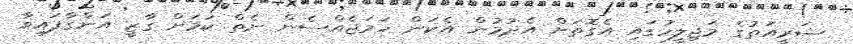
ޝަރީއަތުގެ މަޖިލީހުގައި އެގޮތަށް އެދުމުން އެކަން ހަމަޖެއްސެން ނެތް ކަމަށް ގާޒީ އަންގާފައިވާ